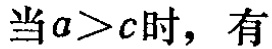
当\(a>c\)时，有